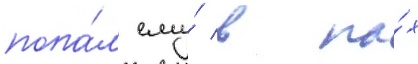
попа́л ему́ в па́х